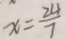
x = \frac { 2 4 } { 7 }